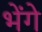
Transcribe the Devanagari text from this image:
भेंगे